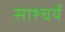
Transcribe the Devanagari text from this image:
साश्चर्य